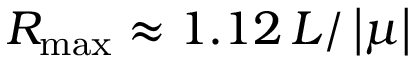
R _ { \mathrm { m a x } } \approx 1 . 1 2 \, L / \left| \mu \right|